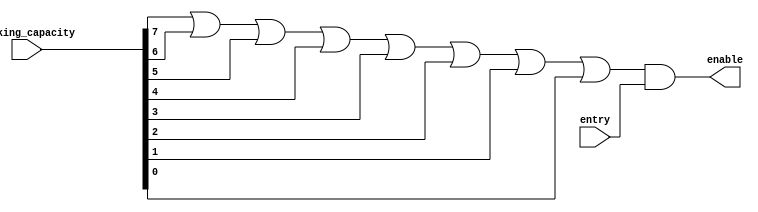
/*--  *******************************************************
--  Computer Architecture Course, Laboratory Sources 
--  Amirkabir University of Technology (Tehran Polytechnic)
--  Department of Computer Engineering (CE-AUT)
--  https://ce[dot]aut[dot]ac[dot]ir
--  *******************************************************
--  All Rights reserved (C) 2021-2022
--  *******************************************************
--  Student ID  : 
--  Student Name: 
--  Student Mail: 
--  *******************************************************
--  Additional Comments:
--
--*/

/*-----------------------------------------------------------
---  Module Name: entry_checker 
-----------------------------------------------------------*/
`timescale 1 ns/1 ns
module entry_checker(
 entry,
 parking_capacity,
 enable);
input entry;
input [7:0] parking_capacity;
output enable;
assign enable=(parking_capacity[7]|parking_capacity[6]|parking_capacity[5]|parking_capacity[4]|parking_capacity[3]|parking_capacity[2]|parking_capacity[1]|parking_capacity[0])&entry;
endmodule